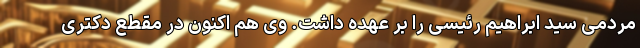
مردمی سید ابراهیم رئیسی را بر عهده داشت. وی هم اکنون در مقطع دکتری